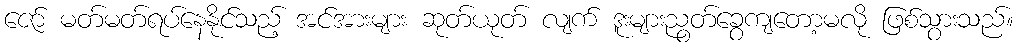
ဇော် မတ်မတ်ရပ်နေနိုင်သည့် အင်အားများ ဆုတ်ယုတ် လျက် ဒူးများညွတ်ခွေကျတော့မလို ဖြစ်သွားသည်။